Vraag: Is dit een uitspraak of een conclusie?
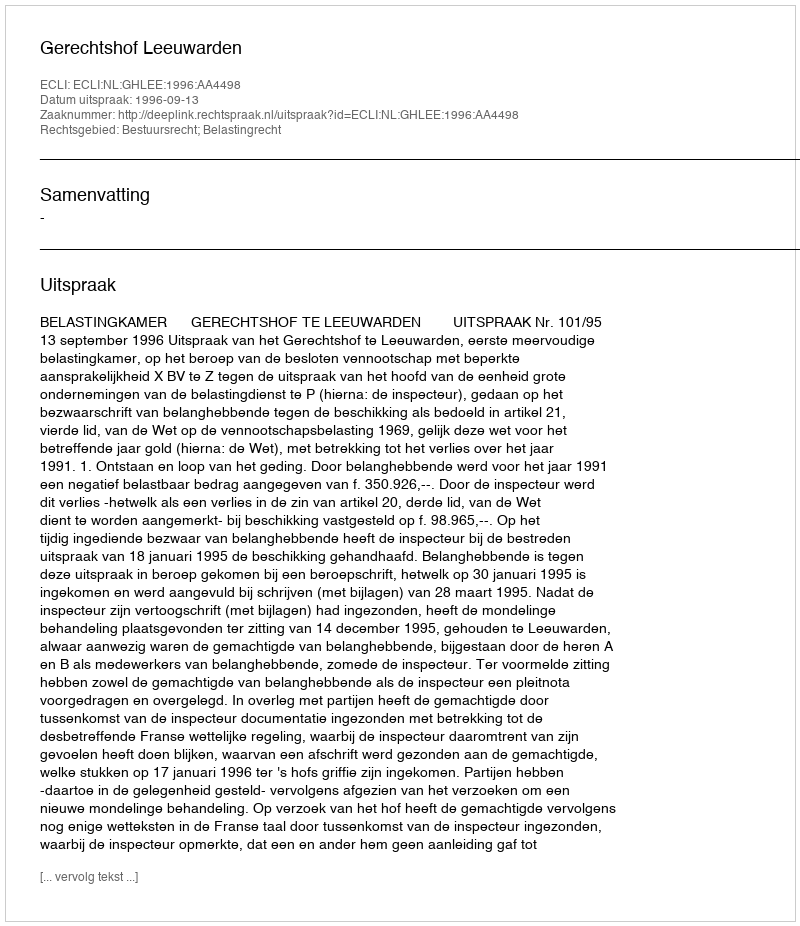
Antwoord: Uitspraak